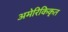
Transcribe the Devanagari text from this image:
अमेरिकिकृत